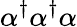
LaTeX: \alpha^{\dagger}\alpha^{\dagger}\alpha